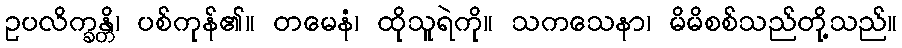
ဥပလိက္ခန္တိ၊ ပစ်ကုန်၏။ တမေနံ၊ ထိုသူရဲကို။ သကသေနာ၊ မိမိစစ်သည်တို့သည်။